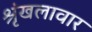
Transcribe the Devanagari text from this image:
श्रृंखलावार